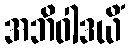
အဘိဝါဒယိံ